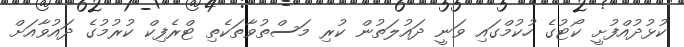
ކުޅުދުއްފުށީ ކޯޓުގެ ހުކުމްގައި ވަނީ ދައުލަތުން ކުރި މަސްތުވާތަކެތި ޓްރެފިކް ކުރުމުގެ ދައުވާއަށް